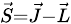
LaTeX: \scriptstyle{\vec{S}}={\vec{J}}-{\vec{L}}